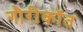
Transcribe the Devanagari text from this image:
गौरीकॉत